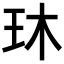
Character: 𬍓